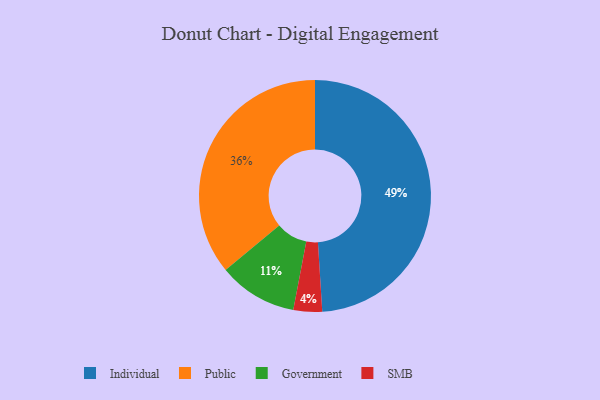
{"axis": {"x": "Category", "y": "Percentage"}, "legend": ["Government", "Individual", "Public", "SMB"], "data": [{"x": "Individual", "y": 49, "type": "Individual"}, {"x": "SMB", "y": 4, "type": "SMB"}, {"x": "Public", "y": 36, "type": "Public"}, {"x": "Government", "y": 11, "type": "Government"}]}